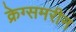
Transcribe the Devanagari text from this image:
क्रेग्समरीन